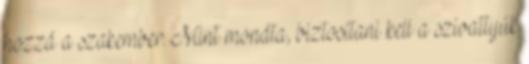
hozzá a szakember. Mint mondta, biztosítani kell a szivattyúk